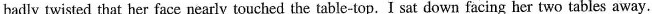
badly twisted that her face nearly touched the table-top. I sat down facing her two tables away.